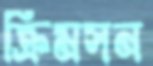
ক্রিমসন